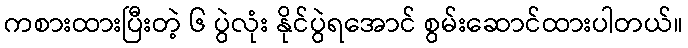
ကစားထားပြီးတဲ့ ၆ ပွဲလုံး နိုင်ပွဲရအောင် စွမ်းဆောင်ထားပါတယ်။